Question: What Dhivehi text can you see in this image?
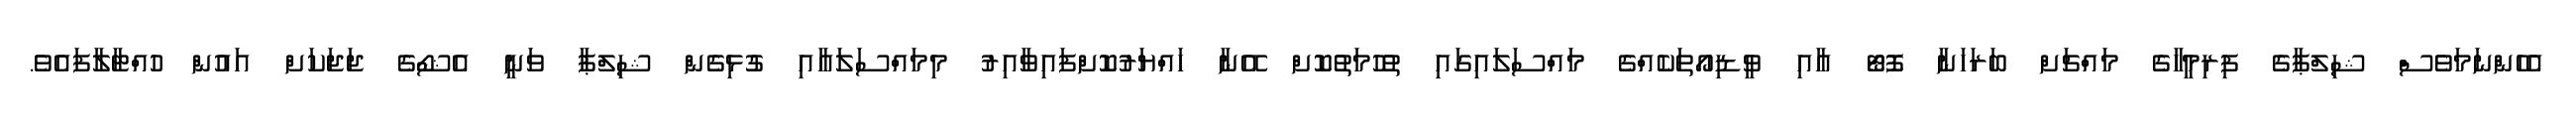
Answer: އެހެންނަމަވެސް ޝިލްޕާގެ ފިރިމީހާގެ މައްޗަށް ބަރަހަނާ ފޮޓޯ އާއި ވީޑިއޯތަކެއްގެ މައްސަލައިގައި ތުހުމަތުކޮށް އޭނާ ހައްޔަރުކޮށްފައިވާއިރު މިމައްސަލައާއި ގުޅިގެން ޝިލްޕާ ވަނީ އެޝޯގެ ޖަޖަކަށް އައުން ހުއްޓާލާފައެވެ.